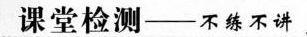
课堂检测--不练不讲